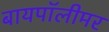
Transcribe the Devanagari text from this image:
बायपॉलीमर